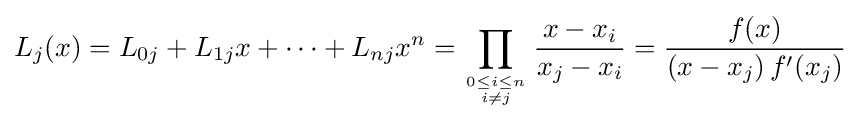
L_{j}(x)=L_{0j}+L_{1j}x+\cdots +L_{nj}x^{n}=\prod _{0\leq i\leq n \atop i\neq j}{\frac {x-x_{i}}{x_{j}-x_{i}}}={\frac {f(x)}{(x-x_{j})\,f'(x_{j})}}